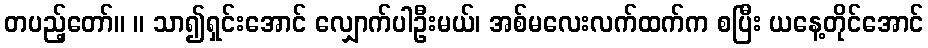
တပည့်တော်။ ။ သာ၍ရှင်းအောင် လျှောက်ပါဦးမယ်၊ အစ်မလေးလက်ထက်က စပြီး ယနေ့တိုင်အောင်